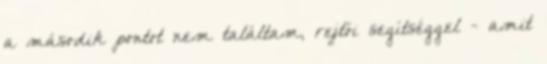
a második pontot nem találtam, rejtői segítséggel - amit